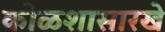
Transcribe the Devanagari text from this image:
कोळशासारखे